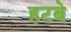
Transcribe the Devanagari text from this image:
हटबे